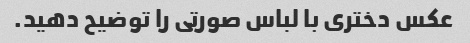
عکس دختری با لباس صورتی را توضیح دهید.